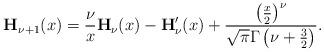
LaTeX: \begin{align*}\mathbf{H}_{\nu+1}(x)=\frac{\nu}{x}\mathbf{H}_{\nu}(x)-\mathbf{H}_{\nu}'(x)+\frac{\left(\frac{x}{2}\right)^{\nu}}{\sqrt{\pi}\Gamma\left(\nu+\frac{3}{2}\right)}.\end{align*}